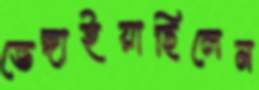
ভেঙ্গাইয়াছিলেন